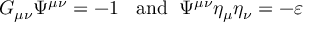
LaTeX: { \cal G } _ { \mu \nu } \Psi ^ { \mu \nu } = - 1 \; \; \mathrm { ~ a n d } \; \; \Psi ^ { \mu \nu } \eta _ { \mu } \eta _ { \nu } = - \varepsilon